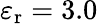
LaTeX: \varepsilon_{\mathrm{r}}=3.0